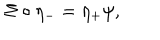
\Sigma \circ \eta _ { - } = \eta _ { + } \psi ,